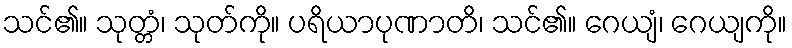
သင်၏။ သုတ္တံ၊ သုတ်ကို။ ပရိယာပုဏာတိ၊ သင်၏။ ဂေယျံ၊ ဂေယျကို။